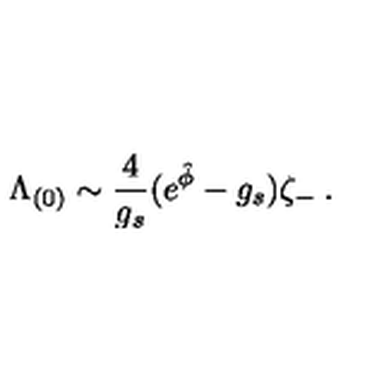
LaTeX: \Lambda _ { ( 0 ) } \sim { \frac { 4 } { g _ { s } } } ( e ^ { \hat { \phi } } - g _ { s } ) \zeta _ { - } \: .